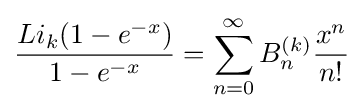
{Li_{k}(1-e^{-x}) \over 1-e^{-x}}=\sum _{n=0}^{\infty }B_{n}^{(k)}{x^{n} \over n!}